Regulations for the medical services of the Army of India
Year: 1930
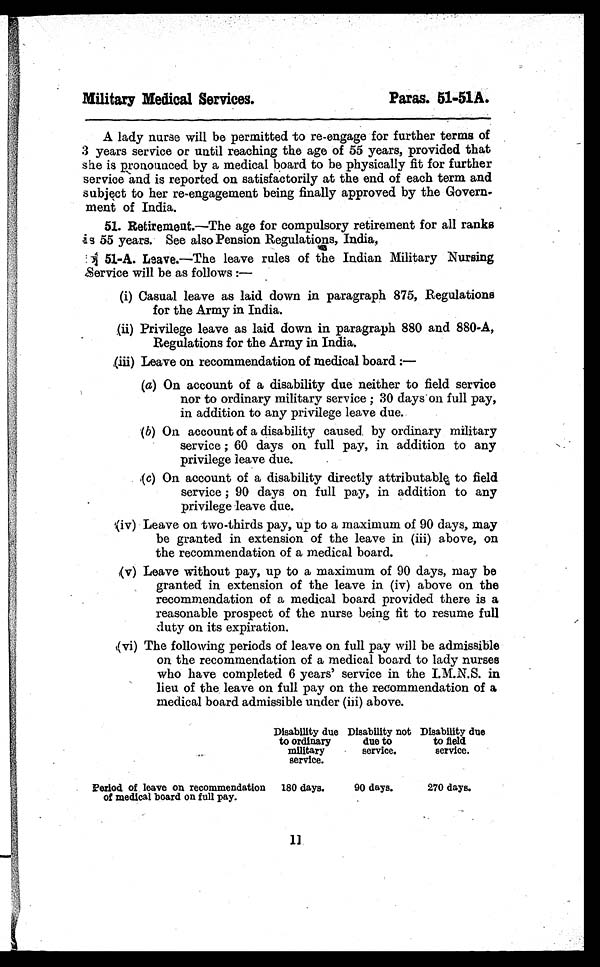
Military Medical Services.
Paras. 51-51A.
A lady nurse will be permitted to re-engage for further terms of
3 years service or until reaching the age of 55 years, provided that
she is pronounced by a medical board to be physically fit for further
service and is reported on satisfactorily at the end of each term and
subject to her re-engagement being finally approved by the Govern-
ment of India.
51. Retirement.—The age for compulsory retirement for all ranks
s 55 years. See also Pension Regulations, India,
51-A. Leave.—The leave rules of the Indian Military Nursing
Service will be as follows :—
(i) Casual leave as laid down in paragraph 875, Regulations
for the Army in India.
(ii) Privilege leave as laid down in paragraph 880 and 880-A,
Regulations for the Army in India.
,(iii) Leave on recommendation of medical board :-
—
(a) On account of a disability due neither to field service
nor to ordinary military service; 30 days on full pay,
in addition to any privilege leave due.
(b) On account of a disability caused by ordinary military
service; 60 days on full pay, in addition to any
privilege leave due.
(c) On account of a disability directly attributable to field
service; 90 days on full pay, in addition to any
privilege leave due.
( i v ) L e a v e o n t w o - t h i r d s p a y , u p t o a m a x i m u m o f 9 0 d a y s , m a y
be granted in extension of the leave in (iii) above, on
the recommendation of a medical board.
( v ) L e a v e w i t h o u t p a y , u p t o a m a x i m u m o f 9 0 d a y s , m a y b e
granted in extension of the leave in (iv) above on the
recommendation of a medical board provided there is a
reasonable prospect of the nurse being fit to resume full
duty on its expiration.
( v i ) T h e f o l l o w i n g p e r i o d s o f l e a v e o n f u l l p a y w i l l b e a d m i s s i b l e
on the recommendation of a medical board to lady nurses
who have completed 6 years' service in the I.M.N.S. in
lieu of the leave on full pay on the recommendation of a
medical board admissible under (iii) above.
Disability due Disability not Disability due
to ordinary
due to
to field
military
service.
service.
service.
Period of leave on recommendation 180 days. 90 days. 270 days.
of medical board on full pay.
11